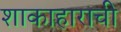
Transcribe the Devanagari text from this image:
शाकाहाराची